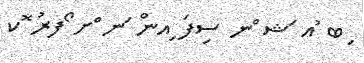
ިބ ުއ ަޝ ްނ ސިފަ ިއން ަނ ްށ ޯފރު ޮކ